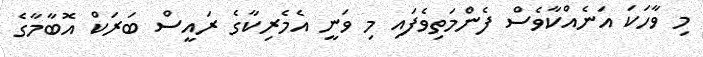
މި ވާހަކަ އަނެއްކާވެސް ފެންމަތިވެފައި މި ވަނީ އެމެރިކާގެ ރައީސް ބަރަކް އޮބާމާގެ